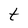
Character: t